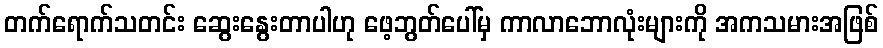
တက်ရောက်သတင်း ဆွေးနွေးတာပါဟု ဖေ့ဘွတ်ပေါ်မှ ကာလာဘောလုံးများကို အကသမားအဖြစ်